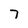
Character: 7